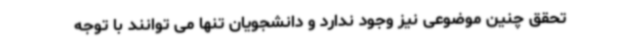
تحقق چنین موضوعی نیز وجود ندارد و دانشجویان تنها می توانند با توجه